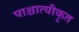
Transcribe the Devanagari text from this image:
पाश्चात्यीकृत